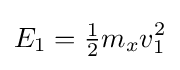
E_{1}={\tfrac {1}{2}}m_{x}v_{1}^{2}\,\!